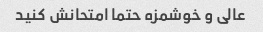
عالی و خوشمزه حتما امتحانش کنید